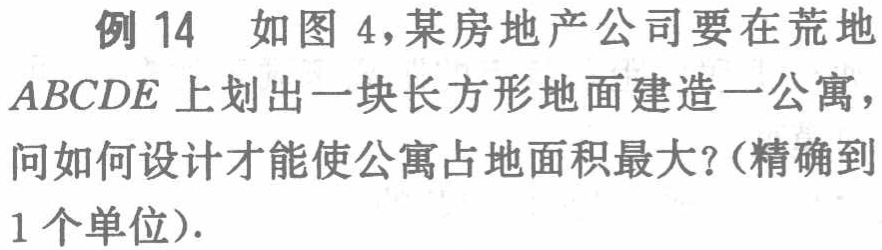
例 14 如图 4，某房地产公司要在荒地$ABCDE$上划出一块长方形地面建造一公寓，问如何设计才能使公寓占地面积最大？（精确到1 个单位）.